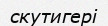
скутигері